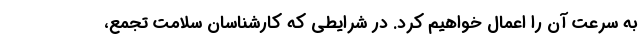
به سرعت آن را اعمال خواهیم کرد. در شرایطی که کارشناسان سلامت تجمع،